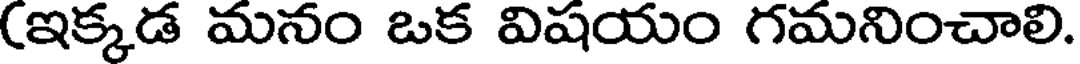
(ఇక్కడ మనం ఒక విషయం గమనించాలి.